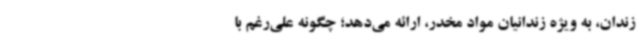
زندان، به ویژه زندانیان مواد مخدر، ارائه می‌دهد؛ چگونه علی‌رغم با